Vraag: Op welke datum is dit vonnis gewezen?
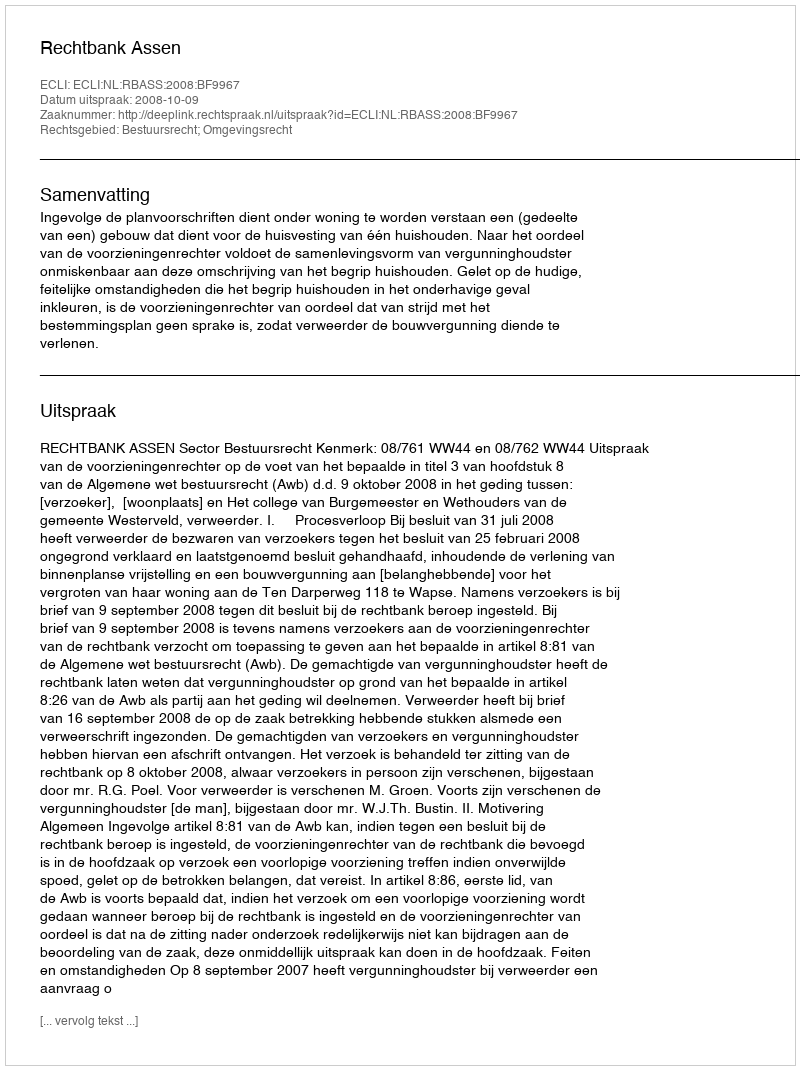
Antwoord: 2008-10-09